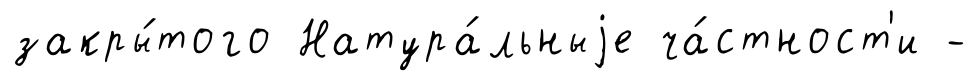
закры́того Натура́льныjе ча́стност'и -